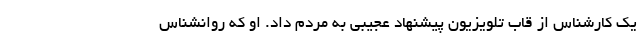
یک کارشناس از قاب تلویزیون پیشنهاد عجیبی به مردم داد. او که روانشناس